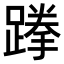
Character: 𨃪